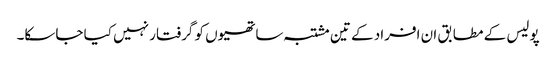
پولیس کے مطابق ان افراد کے تین مشتبہ ساتھیوں کو گرفتار نہیں کیا جاسکا۔